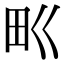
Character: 𤰕